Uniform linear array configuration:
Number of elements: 64
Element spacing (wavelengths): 1
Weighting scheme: hann
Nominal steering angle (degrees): -45
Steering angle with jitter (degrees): -45.718
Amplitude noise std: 0.05
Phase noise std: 0.05

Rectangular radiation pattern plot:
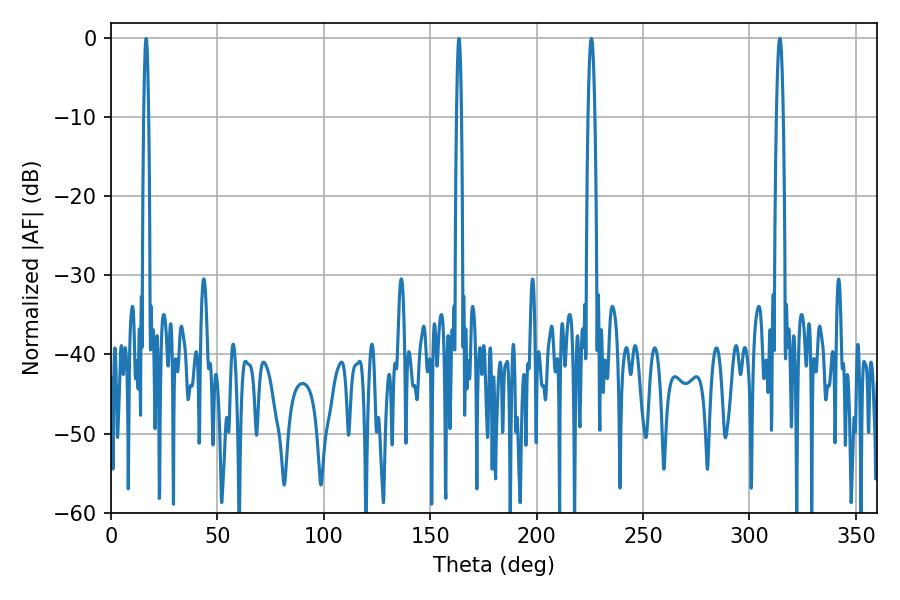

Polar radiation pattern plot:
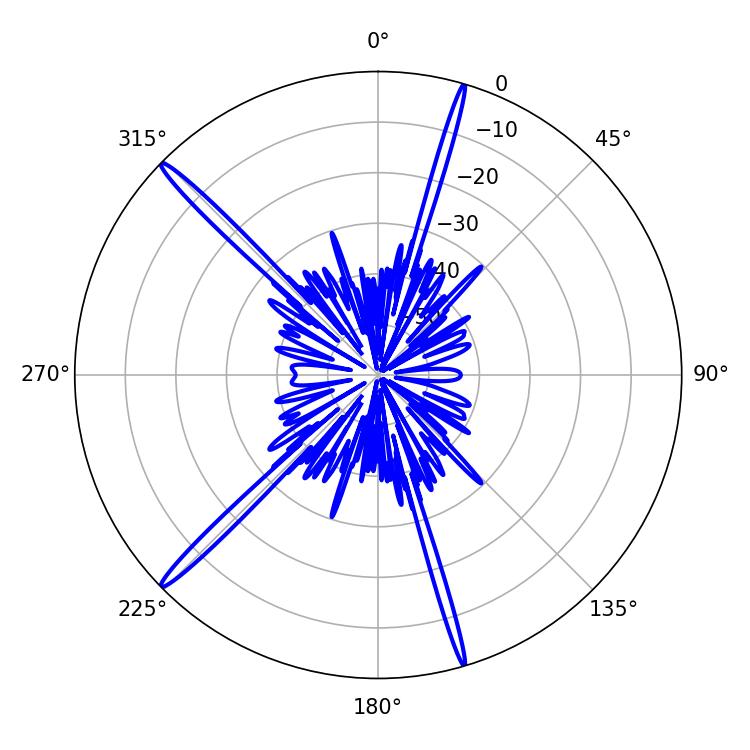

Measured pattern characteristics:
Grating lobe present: TRUE
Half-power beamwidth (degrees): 1.8
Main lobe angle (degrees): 225.72